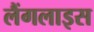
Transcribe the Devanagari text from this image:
लैंगलाइस